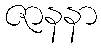
ဇာနနာ